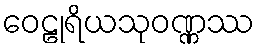
ဝေဠုရိယသုဝဏ္ဏဿ